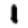
Digit: 1